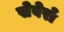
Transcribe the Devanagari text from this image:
सेवेरो